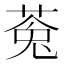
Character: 𮏸